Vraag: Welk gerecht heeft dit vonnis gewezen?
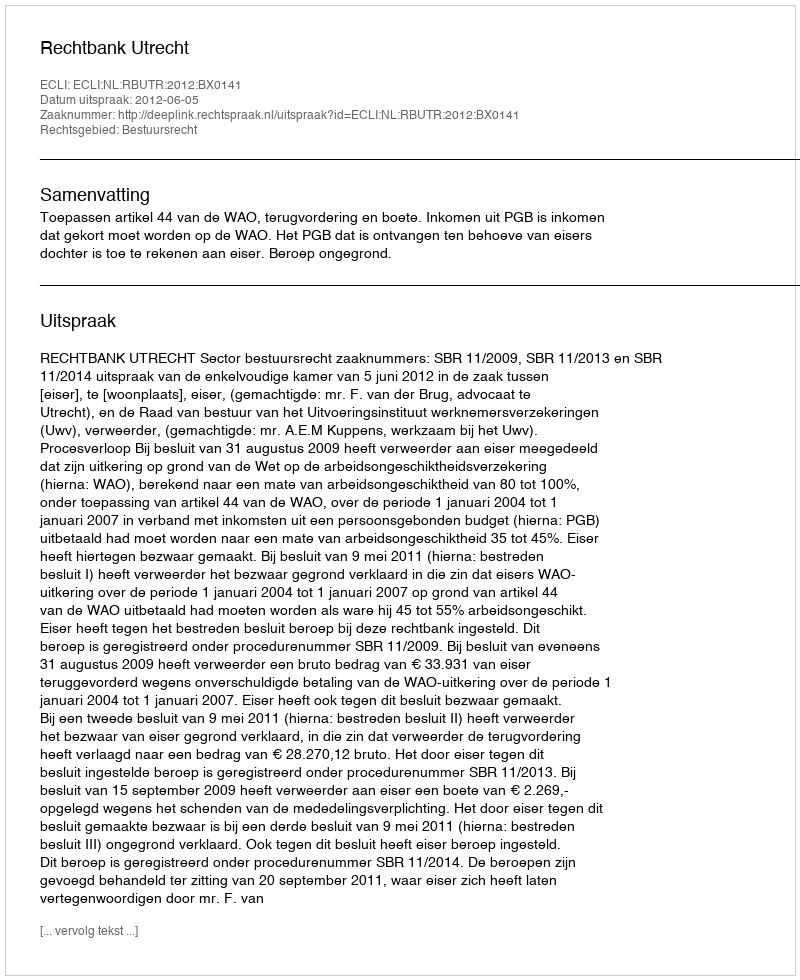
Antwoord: Rechtbank Utrecht